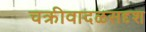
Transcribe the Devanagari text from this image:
चक्रीवादळसदृश